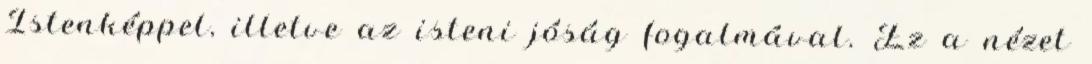
Istenképpel, illetve az isteni jóság fogalmával. Ez a nézet